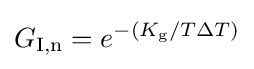
G_{\text{I,n}}=e^{-(K_{\text{g}}/T\Delta T)}